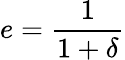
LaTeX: e={\frac{1}{1+\delta}}